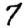
Digit: 7